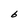
Character: 6